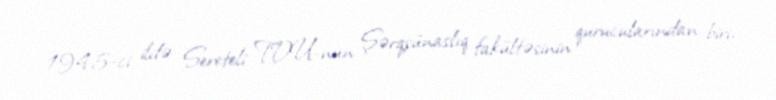
1945-ci ildə Sereteli TDU-nun Şərqşünaslıq fakültəsinin qurucularından biri,